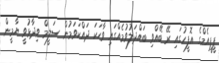
ޕީޕީއެމްގެ އޮފީހުގައި ރޭ ބޭއްވި ބައްދަލުވުމެއްގައި ވާހަކަ ދައްކަވަމުން ސަލީމް ވިދާޅުވީ ޔާމީން